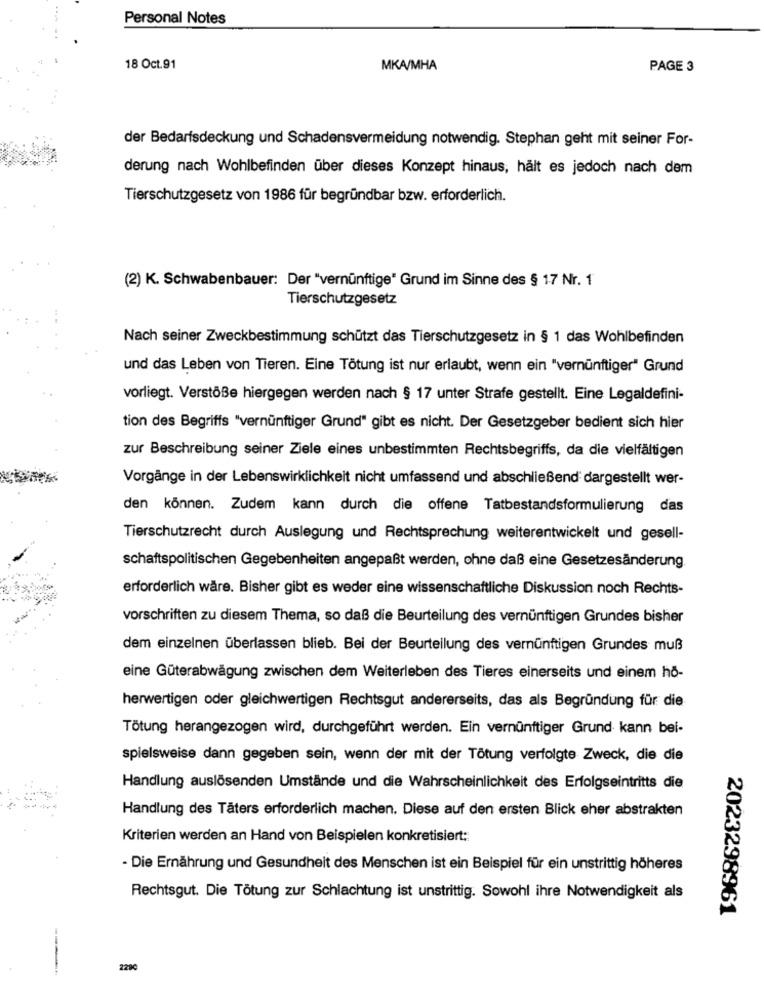
Personal Notes
18 Oct.91
MKA/MHA
PAGE 3
der Bedarfsdeckung und Schadensvermeidung notwendig. Stephan geht mit seiner For-
derung nach Wohlbefinden über dieses Konzept hinaus, hält es jedoch nach dem
Tierschutzgesetz von 1986 für begründbar bzw. erforderlich.
(2) K. Schwabenbauer: Der "vernünftige" Grund im Sinne des § 17 Nr. 1
Tierschutzgesetz
Nach seiner Zweckbestimmung schützt das Tierschutzgesetz in § 1 das Wohlbefinden
und das Leben von Tieren. Eine Tötung ist nur erlaubt, wenn ein "vernünftiger" Grund
vorliegt. Verstöße hiergegen werden nach § 17 unter Strafe gestellt. Eine Legaldefini-
tion des Begriffs "vernünftiger Grund" gibt es nicht. Der Gesetzgeber bedient sich hier
zur Beschreibung seiner Ziele eines unbestimmten Rechtsbegriffs, da die vielfältigen
Vorgänge in der Lebenswirklichkeit nicht umfassend und abschließend dargestellt wer-
den können. Zudem kann durch die offene Tatbestandsformulierung das
Tierschutzrecht durch Auslegung und Rechtsprechung weiterentwickelt und gesell-
schaftspolitischen Gegebenheiten angepaßt werden, ohne daß eine Gesetzesänderung.
erforderlich wäre. Bisher gibt es weder eine wissenschaftliche Diskussion noch Rechts-
vorschriften zu diesem Thema, so daß die Beurteilung des vernünftigen Grundes bisher
dem einzelnen überlassen blieb. Bei der Beurteilung des vernünftigen Grundes muß
eine Güterabwägung zwischen dem Weiterleben des Tieres einerseits und einem hö-
herwertigen oder gleichwertigen Rechtsgut andererseits, das als Begründung für die
Tötung herangezogen wird, durchgeführt werden. Ein vernünftiger Grund kann bei-
spielsweise dann gegeben sein, wenn der mit der Tötung verfolgte Zweck, die die
Handlung auslösenden Umstände und die Wahrscheinlichkeit des Erfolgseintritts die
Handlung des Täters erforderlich machen. Diese auf den ersten Blick eher abstrakten
Kriterien werden an Hand von Beispielen konkretisiert:
- Die Ernährung und Gesundheit des Menschen ist ein Beispiel für ein unstrittig höheres
Rechtsgut. Die Tötung zur Schlachtung ist unstrittig. Sowohl ihre Notwendigkeit als
2023298961
2290